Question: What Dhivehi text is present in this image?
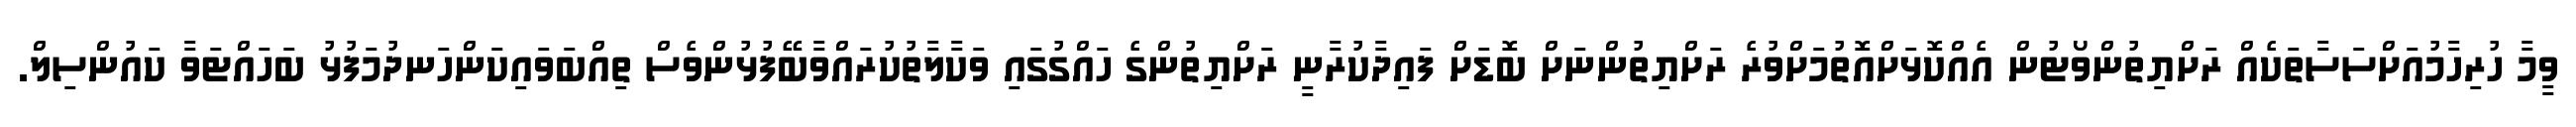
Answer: ވީމާ ހުރިހާމުއަށްސަސާތަކެއް ރަށްޔިތުންވޯޓުން އެއްކޮޅަށްއޮތުމަށްވުރެ ރަށްޔިތުންނަށް ބޮޑަށް ފައިދާކުރާނީ ރަށްޔިތުންގެ ހައްގުގައި ވަކާލާތުކުރައްވާބޭފުޅުންވެސް ތިއްބަވައިކަންހަނދުމަފުޅު ބަހައްޓަވާ ކައުންސިލް.